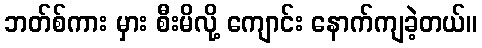
ဘတ်စ်ကား မှား စီးမိလို့ ကျောင်း နောက်ကျခဲ့တယ်။